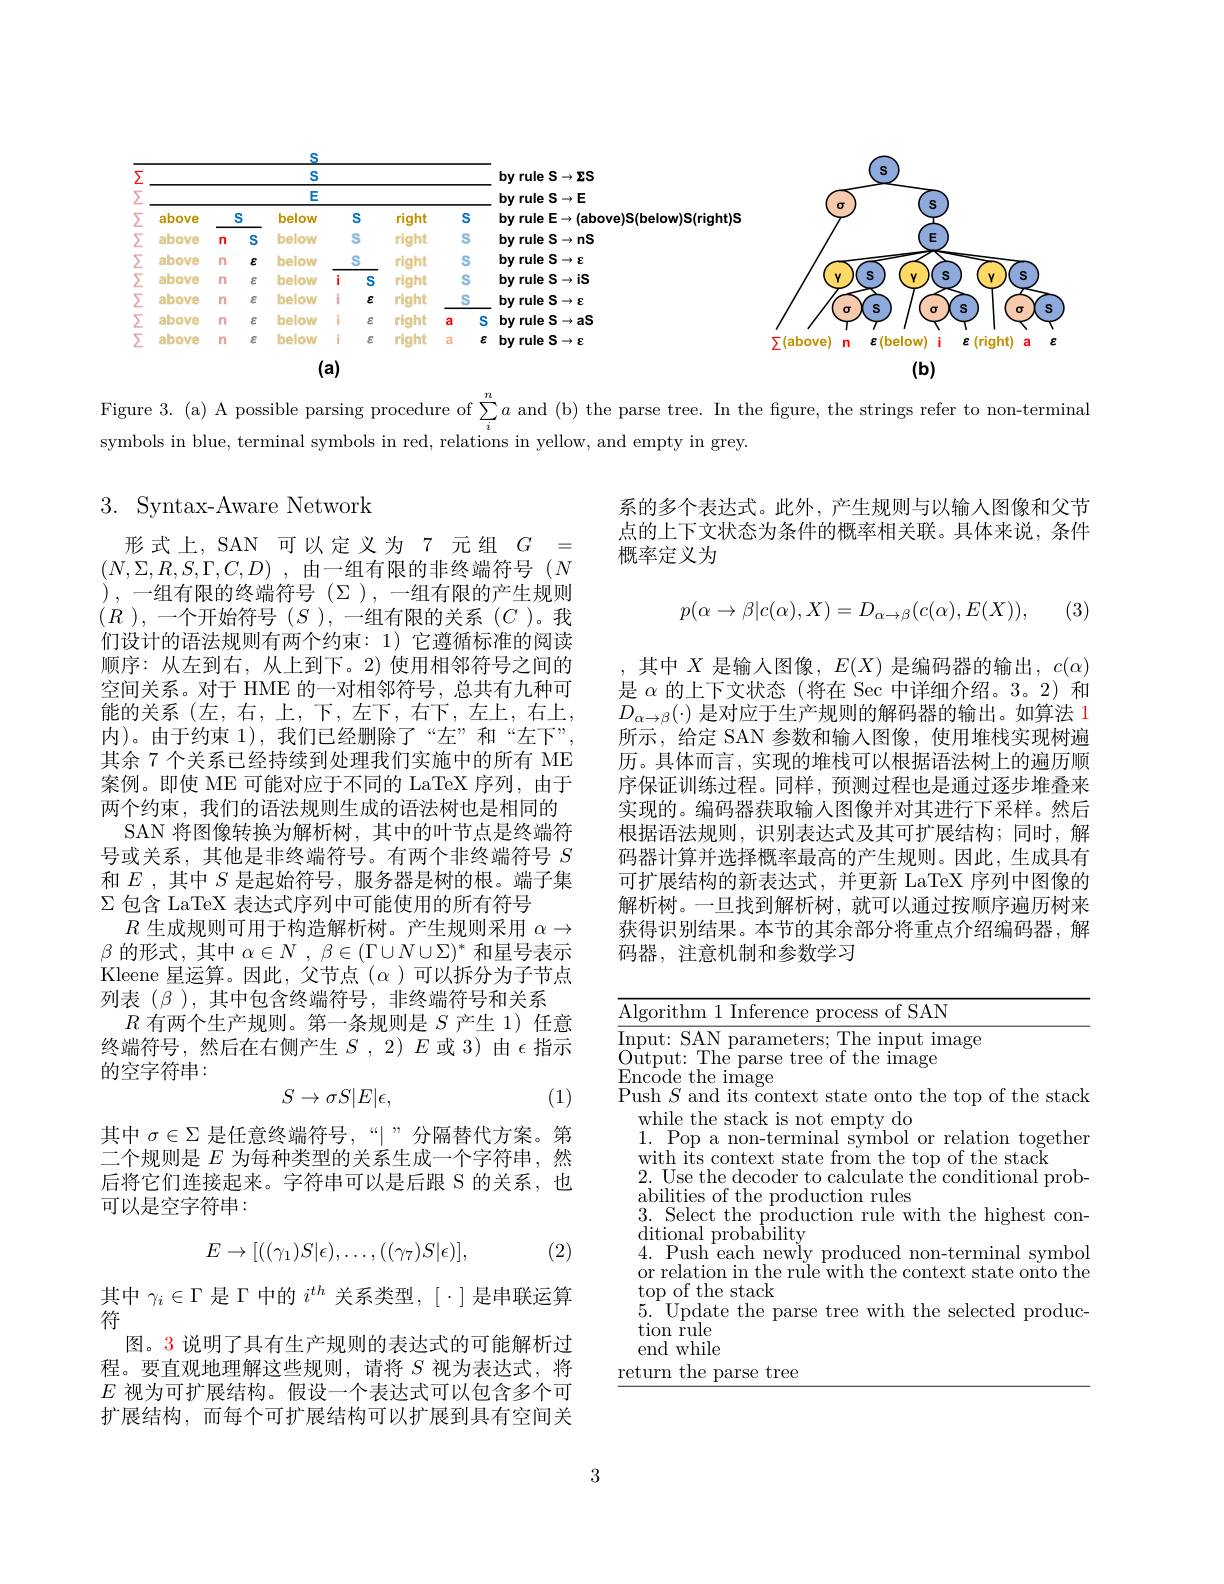
<table>
	<tbody>
		<tr>
			<th> </th>
			<th colspan="14">S S</th>
			<th rowspan="5">by rule S$\to\Sigma S$ by rule S$\to\mathbf{E}$ $by$ rule E$\to($above)S(below)S(right)S $by$ rule S$\to nS$</th>
			<th> </th>
			<th> </th>
		</tr>
		<tr>
			<th>1 1 1</th>
			<th> </th>
			<th> </th>
		</tr>
		<tr>
			<th> </th>
			<th> </th>
			<th> </th>
			<th>E</th>
			<th>王</th>
			<th> </th>
			<th> </th>
			<th> </th>
			<th> </th>
			<th>S</th>
		</tr>
		<tr>
			<th> </th>
			<th>above</th>
			<th>S</th>
			<th>below</th>
			<th> </th>
			<th>S</th>
			<th> </th>
			<th>S</th>
			<th>right)S</th>
			<th> </th>
		</tr>
		<tr>
			<th> </th>
			<th>above</th>
			<th>n</th>
			<th>below</th>
			<th> </th>
			<th>S</th>
			<th> </th>
			<th>S</th>
			<th>E</th>
			<th>E</th>
		</tr>
		<tr>
			<td> </td>
			<td>above</td>
			<td>n</td>
			<td>below</td>
			<td> </td>
			<td>S</td>
			<td> </td>
			<td>S</td>
			<td>by rule S$\to\varepsilon$</td>
			<td> </td>
			<td> </td>
		</tr>
		<tr>
			<td> </td>
			<td>above</td>
			<td>n</td>
			<td>below</td>
			<td>i</td>
			<td>S</td>
			<td> </td>
			<td>S</td>
			<td>by rule S$\to\mathbf{iS}$</td>
			<td> </td>
			<td>S</td>
		</tr>
		<tr>
			<td> </td>
			<td>above</td>
			<td>n</td>
			<td>below</td>
			<td>T</td>
			<td>$E$</td>
			<td> </td>
			<td>S</td>
			<td>by rule S$\to\varepsilon$</td>
			<td> </td>
			<td> </td>
		</tr>
		<tr>
			<td> </td>
			<td>above</td>
			<td>n</td>
			<td>below</td>
			<td>i</td>
			<td>$\varepsilon$</td>
			<td>a</td>
			<td>a</td>
			<td>$by$ rule S$\to\mathbf{aS}$</td>
			<td> </td>
			<td> </td>
		</tr>
		<tr>
			<td> </td>
			<td>above</td>
			<td>n</td>
			<td>below</td>
			<td>i</td>
			<td>$E$</td>
			<td>a</td>
			<td>a 2</td>
			<td>$bv$ rule S $\rightarrow$ $\cdot\mathbf{E}$</td>
			<td>$\sum(above)$ n $\varepsilon(below)$</td>
			<td>below) $\varepsilon(riqht)$ a</td>
		</tr>
	</tbody>
</table>

Figure 3. (a) A possible parsing procedure of $\sum_i^na$ and (b) the parse tree. In the figure, the strings refer to non-terminal
symbols in blue, terminal symbols in red, relations in yellow, and empty in grey.

## 3. Syntax-Aware Network

系的多个表达式。此外，产生规则与以输人图像和父节点的上下文状态为条件的概率相关联。具体来说，条件概率定义为

(3)
$$p(\alpha\to\beta|c(\alpha),X)=D_{\alpha\to\beta}(c(\alpha),E(X)),$$
形式上，SAN可以定义为7元组$G=$ $( N, \Sigma , R, S, \Gamma , C, D)$ ,由一组有限的非终端符号($N$ ),一组有限的终端符号($\Sigma$),一组有限的产生规则$(R$ ),一个开始符号$(S)$,一组有限的关系$(C$ )。我们设计的语法规则有两个约束：1) 它遵循标准的阅读顺序：从左到右，从上到下。2)使用相邻符号之间的空间关系。对于 HME 的一对相邻符号，总共有九种可能的关系(左，右，上，下，左下，右下，左上，右上， 内)。由于约束 1),我们已经删除了“左”和“左下” 其余 7 个关系已经持续到处理我们实施中的所有 ME 案例。即使 ME 可能对应于不同的 LaTeX 序列，由于两个约束，我们的语法规则生成的语法树也是相同的
SAN 将图像转换为解析树，其中的叶节点是终端符号或关系，其他是非终端符号。有两个非终端符号$S$ 和$E$ ,其中$S$是起始符号，服务器是树的根。端子集$\Sigma$包含 LaTeX 表达式序列中可能使用的所有符号
$R$生成规则可用于构造解析树。产生规则采用$\alpha\to$ $\beta$的形式，其中$\alpha \in N$ , $\beta \in ( \Gamma \cup N\cup \Sigma ) ^*$和星号表示Kleene 星运算。因此，父节点 $(\alpha)$可以拆分为子节点列表($\beta),其中包含终端符号，非终端符号和关系$
$R$有两个生产规则。第一条规则是$S$产生 1)任意终端符号，然后在右侧产生$S,2)E$或 3)由$\epsilon$指示的空字符串：
$$S\to\sigma S|E|\epsilon,$$
(1)

其中$X$是输人图像，$E(X)$是编码器的输出，$c(\alpha)$ 是$\alpha$的上下文状态(将在 Sec 中详细介绍。3。2)和$D_{\alpha\rightarrow\beta}(\cdot)$是对应于生产规则的解码器的输出。如算法 1所示，给定 SAN 参数和输入图像，使用堆栈实现树遍历。具体而言，实现的堆栈可以根据语法树上的遍历顺序保证训练过程。同样，预测过程也是通过逐步堆叠来实现的。编码器获取输入图像并对其进行下采样。然后根据语法规则，识别表达式及其可扩展结构；同时，解码器计算并选择概率最高的产生规则。因此，生成具有可扩展结构的新表达式，并更新 LaTeX 序列中图像的解析树。一旦找到解析树，就可以通过按顺序遍历树来获得识别结果。本节的其余部分将重点介绍编码器，解码器，注意机制和参数学习

其中$\sigma\in\Sigma$是任意终端符号 ,“|”分隔替代方案。第二个规则是$E$为每种类型的关系生成一个字符串，然后将它们连接起来。字符串可以是后跟 S 的关系，也可以是空字符串：

<table>
	<tbody>
		<tr>
			<td>$\because D$</td>
			<td>$SAN$ ruth 0 $F:$</td>
		</tr>
		<tr>
			<td> </td>
			<td>tlonal probabllity Push each newiy produced non-terminal symboi relation in the rule with the context state onto the $a|$</td>
		</tr>
		<tr>
			<td> </td>
			<td>p of the stack Update the parse tree with the selected produc n ${\mathrm{rule}}$ d while</td>
		</tr>
		<tr>
			<td>r$\epsilon$</td>
			<td>tree Y narsp</td>
		</tr>
	</tbody>
</table>
$$E\to[((\gamma_1)S|\epsilon),\ldots,((\gamma_7)S|\epsilon)],$$
(2)

其中$\gamma_i\in\Gamma$是$\Gamma$中的$i^th$关系类型，$[\cdot]$是串联运算
符
图。3 说明了具有生产规则的表达式的可能解析过程。要直观地理解这些规则，请将$S$视为表达式，将$E$视为可扩展结构。假设一个表达式可以包含多个可扩展结构，而每个可扩展结构可以扩展到具有空间关

3